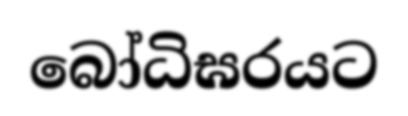
බෝධිඝරයට